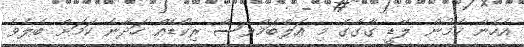
އެހެން ކަމުން ލޭޑީ ގާގާގެ މި އަލްބަމްވެސް ރިކޯޑެއް ހަދާނެ ކަމަށް ބެލެވެ